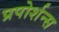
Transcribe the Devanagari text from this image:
प्रपोर्शन्स